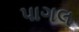
પાગલ